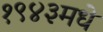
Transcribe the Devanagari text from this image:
१९४३मधे